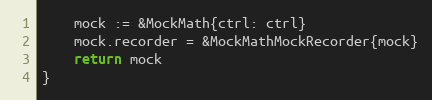
Language: Go
	mock := &MockMath{ctrl: ctrl}
	mock.recorder = &MockMathMockRecorder{mock}
	return mock
}